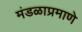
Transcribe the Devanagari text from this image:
मंडळाप्रमाणे